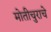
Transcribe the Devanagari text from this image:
मोतीचुराचे